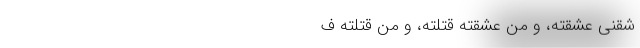
شَقَنی عَشَقْتُهُ، و مَن عَشَقْتُهُ قَتَلْتُهُ، و من قَتَلْتُهُ ف